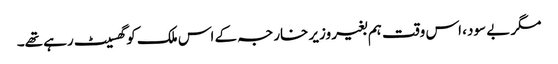
مگر بے سود، اس وقت ہم بغیر وزیر خارجہ کے اس ملک کو گھسیٹ رہے تھے۔